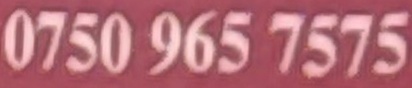
0750 965 7575